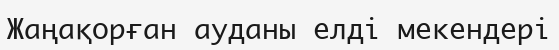
Жаңақорған ауданы елді мекендері